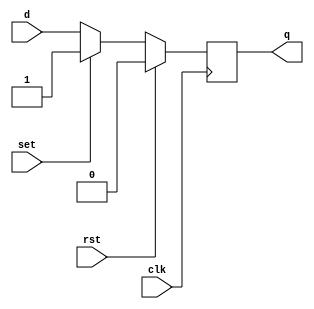
module d_ff_reset_set (
    input wire clk,
    input wire rst,
    input wire set,
    input wire d,
    output reg q
);

always @(posedge clk) begin
    if (rst) begin
        q <= 0;  // Reset the output to 0
    end else if (set) begin
        q <= 1;  // Set the output to 1
    end else begin
        q <= d;  // Store the input data (D)
    end
end

endmodule